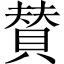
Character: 賛